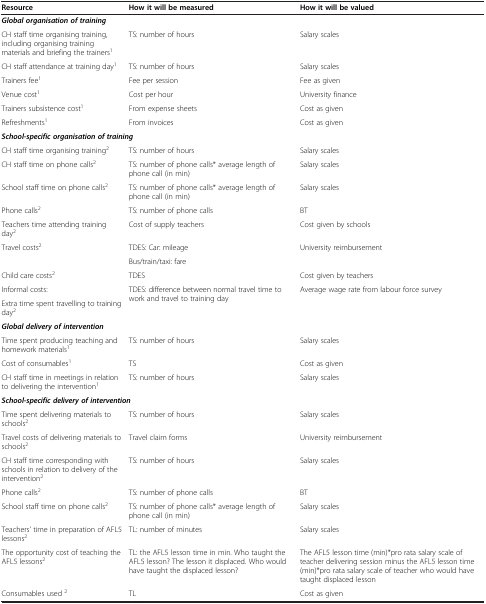
| Resource | How it will be measured | How it will be valued |
 | --- | --- | --- |
 | <COLSPAN=3> Global organisation of training |
 | CH staff time organising training, including organising training materials and briefing the trainers1 | TS: number of hours | Salary scales |
 | CH staff attendance at training day1 | TS: number of hours | Salary scales |
 | Trainers fee1 | Fee per session | Fee as given |
 | Venue cost1 | Cost per hour | University finance |
 | Trainers subsistence cost1 | From expense sheets | Cost as given |
 | Refreshments1 | From invoices | Cost as given |
 | <COLSPAN=3> School-specific organisation of training |
 | CH staff time organising training2 | TS: number of hours | Salary scales |
 | CH staff time on phone calls2 | TS: number of phone calls* average length of phone call (in min) | Salary scales |
 | School staff time on phone calls2 | TS: number of phone calls* average length of phone call (in min) | Salary scales |
 | Phone calls2 | TS: number of phone calls | BT |
 | Teachers time attending training day2 | Cost of supply teachers | Cost given by schools |
 | <ROWSPAN=2> Travel costs2 | TDES: Car: mileage | <ROWSPAN=2> University reimbursement |
 | Bus/train/taxi: fare |
 | Child care costs2 | TDES | Cost given by teachers |
 | Informal costs: | <ROWSPAN=2> TDES: difference between normal travel time to work and travel to training day | <ROWSPAN=2> Average wage rate from labour force survey |
 | Extra time spent travelling to training day2 |
 | <COLSPAN=3> Global delivery of intervention |
 | Time spent producing teaching and homework materials1 | TS: number of hours | Salary scales |
 | Cost of consumables1 | TS | Cost as given |
 | CH staff time in meetings in relation to delivering the intervention1 | TS: number of hours | Salary scales |
 | <COLSPAN=3> School-specific delivery of intervention |
 | Time spent delivering materials to schools2 | TS: number of hours | Salary scales |
 | Travel costs of delivering materials to schools2 | Travel claim forms | University reimbursement |
 | CH staff time corresponding with schools in relation to delivery of the intervention2 | TS: number of hours | Salary scales |
 | Phone calls2 | TS: number of phone calls | BT |
 | School staff time on phone calls2 | TS: number of phone calls* average length of phone call (in min) | Salary scales |
 | Teachers’ time in preparation of AFL5 lessons2 | TL: number of minutes | Salary scales |
 | The opportunity cost of teaching the AFL5 lessons2 | TL: the AFL5 lesson time in min. Who taught the AFL5 lesson? The lesson it displaced. Who would have taught the displaced lesson? | The AFL5 lesson time (min)*pro rata salary scale of teacher delivering session minus the AFL5 lesson time (min)*pro rata salary scale of teacher who would have taught displaced lesson |
 | Consumables used 2 | TL | Cost as given |